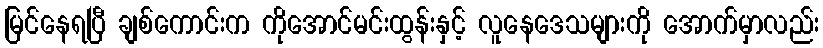
မြင်နေရပြီ ချစ်ကောင်းက ကိုအောင်မင်းထွန်းနှင့် လူနေဒေသများကို အောက်မှာလည်း